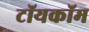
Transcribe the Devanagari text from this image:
टॉयकॉम